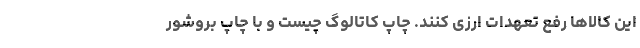
این کالاها رفع تعهدات ارزی کنند. چاپ کاتالوگ چیست و با چاپ بروشور